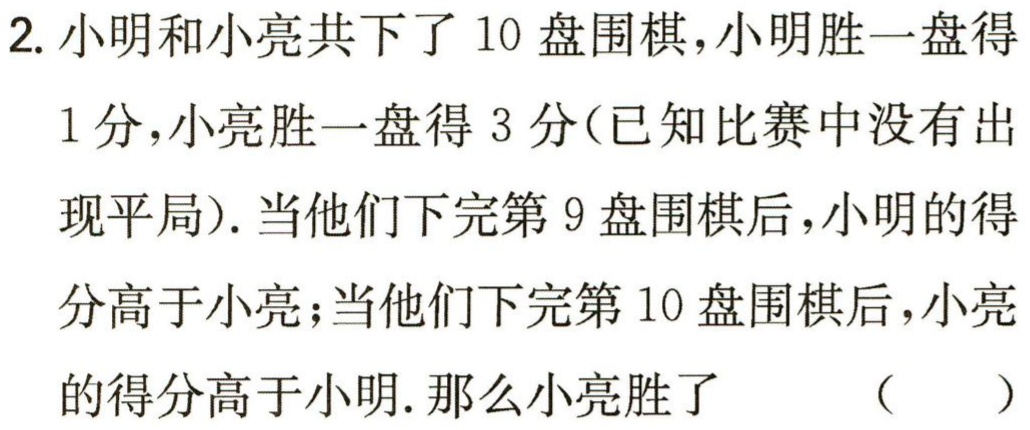
2. 小明和小亮共下了 10 盘围棋，小明胜一盘得
1 分，小亮胜一盘得 3 分(已知比赛中没有出
现平局). 当他们下完第 9 盘围棋后，小明的得
分高于小亮；当他们下完第 10 盘围棋后，小亮
的得分高于小明. 那么小亮胜了 （  ）